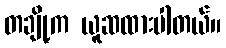
တချို့က ယူဆထားပါတယ်။